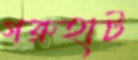
গরুহাট